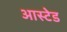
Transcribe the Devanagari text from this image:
आस्टेड